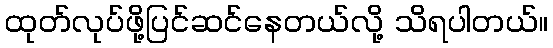
ထုတ်လုပ်ဖို့ပြင်ဆင်နေတယ်လို့ သိရပါတယ်။